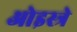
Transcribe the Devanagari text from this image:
ओइस्त्रे